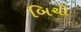
બિચી